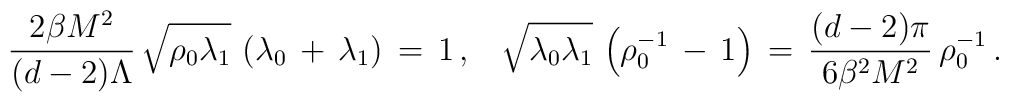
\frac{2\beta M^2}{(d-2)\Lambda}\,\sqrt{\rho_0\lambda_1}\,\left(\lambda_0\,+\,\lambda_1\right)\,=\,1\,{,}\quad\sqrt{\lambda_0\lambda_1}\,\left(\rho_0^{-1}\,-\,1\right)\,=\,\frac{(d-2)\pi}{6\beta^{2}M^2}\,\rho_0^{-1}\,{.}